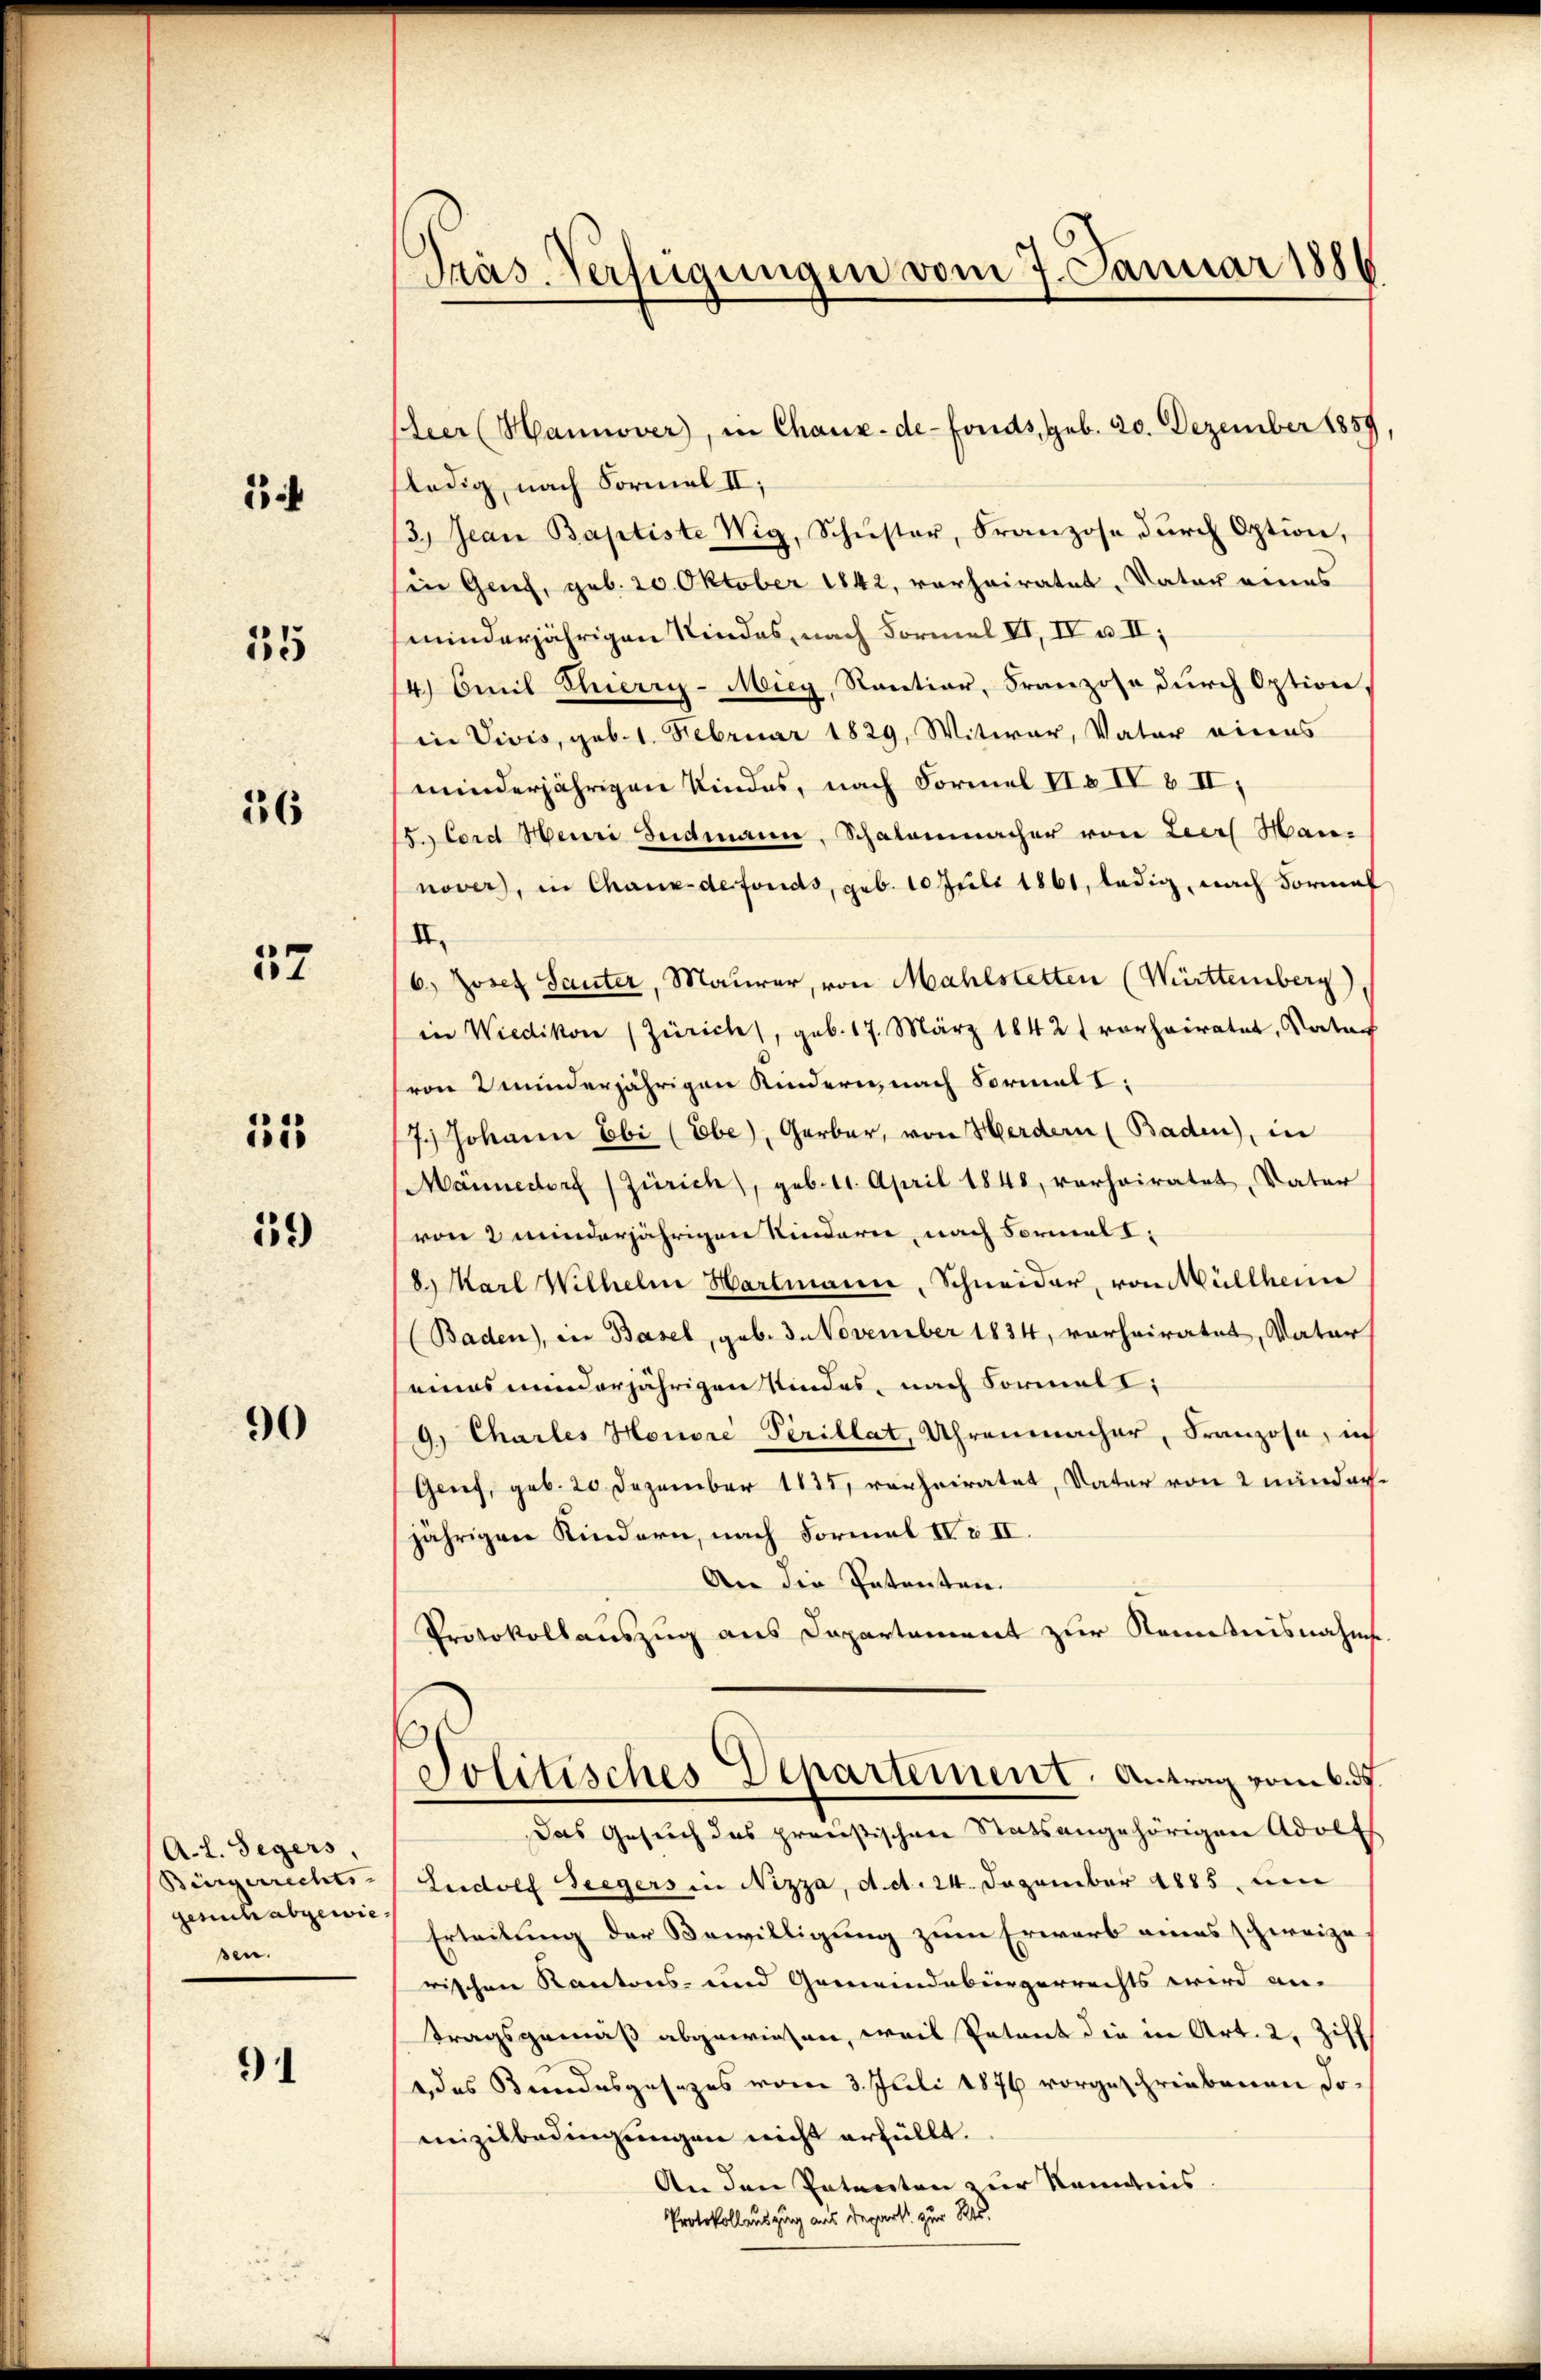
1

35

36

37

315

59

90

A. L. Gegers
Bürgerrechts-
gesuch abgewie
sen.

91

Präs. Verfügungen vom 7. Januar 1886

leer (Hannover, in Chaux-de-Fonds, geb. 20. Dezember 1859,
ledig, nach Formal II,
3.) Jean Baptiste Wig, Schŭster, Franzose durch Option,
Ein Genf, geb. 20. Oktober 1842, vorheiratet, Vater eines
minderjährigen Kindes, nach Formel II, IV u. II,
14. Emil Thierry-Micy, Santier, Franzose dŭrch Option
in Vivis, geb. 1. Februar 1829, Witwer, Vater eines
minderjährigen Kindes, nach Formel II & IV b II,
Sccord Heuri Judmann, Schalenmacher von Leers Man-
nover, in Chaux-defonds, geb. 10 Juli 1861, ledig, nach Formal
II.
6.) Josef Sauter, Maurer, von Mahlstetten (Württemberg),
in Wiedikon (Zürich, geb. 17. März 1842 vorheiratet, Vater
von minderjährigen Kindern, nach Formal I:
7.) Johann Ebi (Ebe), Gerber, von Herdern (Baden), in
Männedorf (Zürich, geb. 11. April 1848, vorheiratet, Vater
von 2 minderjährigen Kindern, nach Formal I
8) Karl Wilhelm Hartmann, Schneider, von Müllheim
(Baden), in Basel, geb. 3. November 1834, verheiratet, Vater
eines minderjährigen Kindes, nach Formali
9.) Charles Honore Perillat, Uhrenmacher, Franzose, in
Genf, geb. 20 Dezember 1835, verheiratet, Vater von 2 nänderjährigen Kindern, nach Formal IV i II.
An die Patenten.
Protokollauszug aus Departement zur Kenntnisnahms
Politisches Departement. Antrag vom 6. ds.
Das Gesuch das preußischen Statsangehörigen Adolt
Ludolf Seegers in Nizza, d. d. 24. Dezember 1885. un
Erteilung der Bewilligung zum Erwarb eines schweize
rischen Kantons- und Gemeindebürgerrechts wird an-
tragsgemäß abgewiesen, weil Patent die in Art. 2, Ziff
, das Bundesgesezes vom 3. Juli 1876 vorgeschriebenen Domizilbedingungen nicht erfüllt.
An den Petenten zur Ständnis.
Protokollauszug aus Depart zur Res.